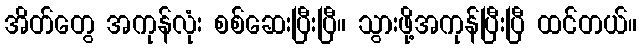
အိတ်တွေ အကုန်လုံး စစ်ဆေးပြီးပြီ။ သွားဖို့အကုန်ပြီးပြီ ထင်တယ်။